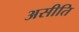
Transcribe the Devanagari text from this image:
असीति